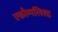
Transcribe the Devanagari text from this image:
एकौम्पलिश्ड